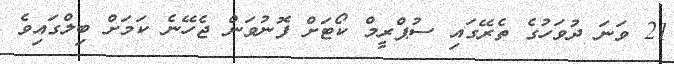
21 ވަނަ ދުވަހުގެ ތެރޭގައި ސުޕްރީމް ކޯޓަށް ފޮނުވަން ޖެހޭނެ ކަމަށް ބިލްގައިވެ